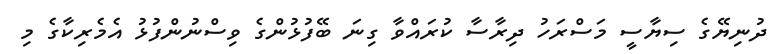
ދުނިޔޭގެ ސިޔާސީ މަސްރަހު ދިރާސާ ކުރައްވާ ގިނަ ބޭފުޅުންގެ ވިސްނުންފުޅު އެމެރިކާގެ މި